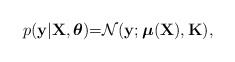
\begin{align*}p(\mathbf{y}\vert\mathbf{X},\boldsymbol{\theta}) & \mathbf{=}\mathcal{N}(\mathbf{y};\mathbf{\mathbb{\boldsymbol{\mu}}}(\mathbf{X}),\mathbf{K}),\end{align*}